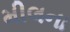
મીલના